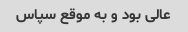
عالی بود و به موقع سپاس